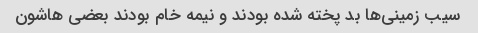
سیب زمینی‌ها بد پخته شده بودند و نیمه خام بودند بعضی هاشون